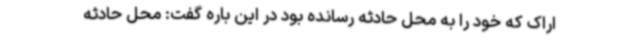
اراک که خود را به محل حادثه رسانده بود در این باره گفت: محل حادثه